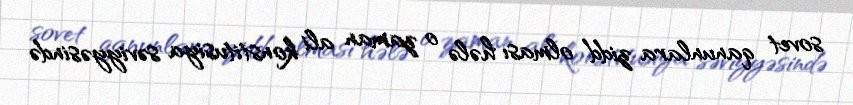
sovet qanunlara zidd olması hələ o zaman ali konstitusiya səviyyəsində